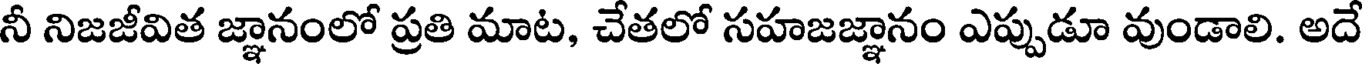
నీ నిజజీవిత జ్ఞానంలో ప్రతి మాట, చేతలో సహజజ్ఞానం ఎప్పుడూ వుండాలి. అదే